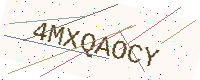
Text: 4MXQAOCY